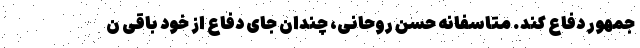
جمهور دفاع کند. متاسفانه حسن روحانی، چندان جای دفاع از خود باقی ن